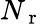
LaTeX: N_{\mathrm{~r~}}